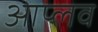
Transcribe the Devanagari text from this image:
आप्लव